Vaccination in Burma 1920-1933 - 1920-1933
Year: 1920
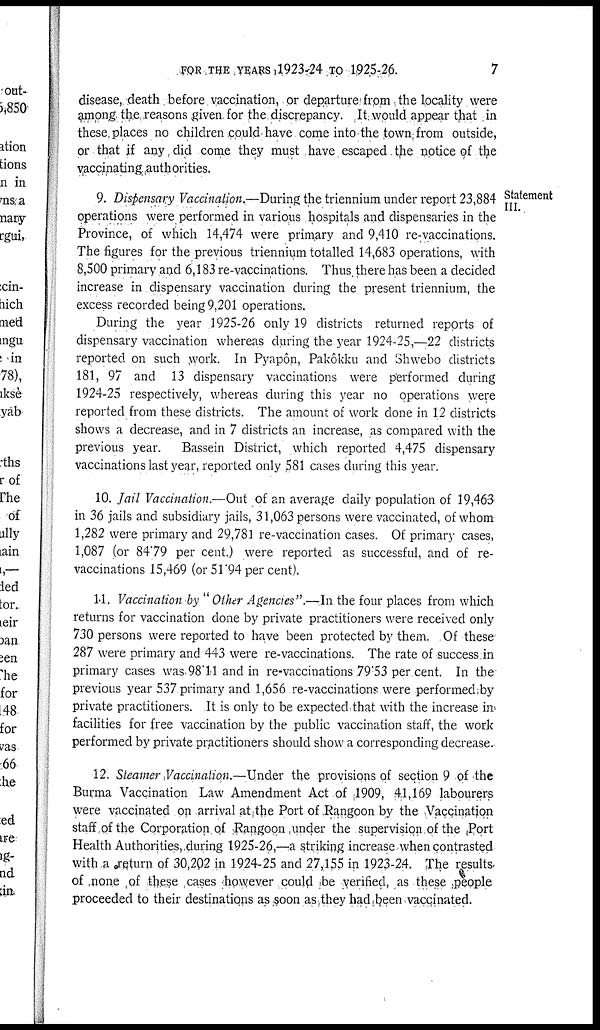
FOR THE YEARS ,1923-24 TO 1925-26.
7
disease, death before vaccination, or departure from the locality were
among the reasons given for the, discrepancy. It would appear that in
these, places no children .could have come into the town from outside,
or that if any did come they must have escaped the notice of the
vaccinating authorities.
Statement
III.
9. Dispensary Vaccination.—During the triennium under report 23,884
operations were performed in various hospitals and dispensaries in the
Province, of which 14,474 were primary and 9,410 re-vaccinations.
The figures for the previous triennium totalled 14,683 operations, with
8,500 primary and 6,183 re-vaccinations. Thus there has been a decided
increase in dispensary vaccination during the present triennium, the
excess recorded being 9,201 operations.
During the year 1925-26 only 19 districts returned reports of
dispensary vaccination whereas during the year 1924-25,—22 districts
reported on such work. In Pyapôn, Pakôkku and Shwebo districts
181, 97 and 13 dispensary vaccinations were performed during
1924-25 respectively, whereas during this year no operations were
reported from these districts. The amount of work done in 12 districts
shows a decrease, and in 7 districts an increase, as compared with the
previous year. Bassein District, which reported 4,475 dispensary
vaccinations last year, reported only 581 cases during this year.
10. Jail Vaccination.—Out of an average daily population of 19,463
in 36 jails and subsidiary jails, 31,063 persons were vaccinated, of whom
1,282 were primary and 29,781 re-vaccination cases. Of primary cases,
1,087 (or 84.79 per cent.) were reported as successful, and of re-
vaccinations 15,469 (or 51.94 per cent).
11. Vaccination by " Other Agencies".—In the four places from which
returns for vaccination done by private practitioners were received only
730 persons were reported to have been protected by them. Of these
287 were primary and 443 were re-vaccinations. The rate of success in
primary cases was. 98.11 and in re-vaccinations 79.53 per cent. In the
previous year 537 primary and 1,656 re-vaccinations were performed by
private practitioners. It is only to be expected that with the increase in
facilities for free vaccination by the public vaccination staff, the work
performed by private practitioners should show a corresponding decrease.
12. Steamer Vaccination.—Under the provisions of section 9 of the
Burma Vaccination Law Amendment Act of 1909, 41,169 labourers
were vaccinated op arrival at the Port of Rangoon by the Vaccination
staff,of the Corporation of Rangoon under the supervision of the Port
Health Authorities, during 1925-26,—a striking increase when contrasted
with,a return of 30,202 in 1924-25 and 27,155 in 1923-24. The results
of none of these cases however could be verified, as these people
proceeded to their destinations as soon as they had been vaccinated.